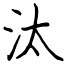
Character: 汰